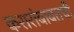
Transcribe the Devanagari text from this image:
करारांबाबतची